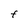
Character: F